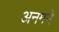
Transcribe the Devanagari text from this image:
अनमने